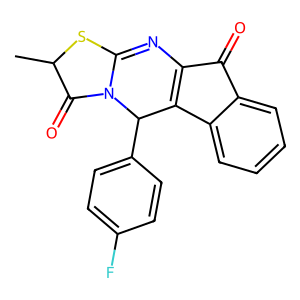
SMILES: CC1SC2=NC3=C(c4ccccc4C3=O)C(c3ccc(F)cc3)N2C1=O
Inhibits HIV replication: No